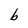
Character: b